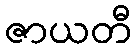
ဇာယတီ